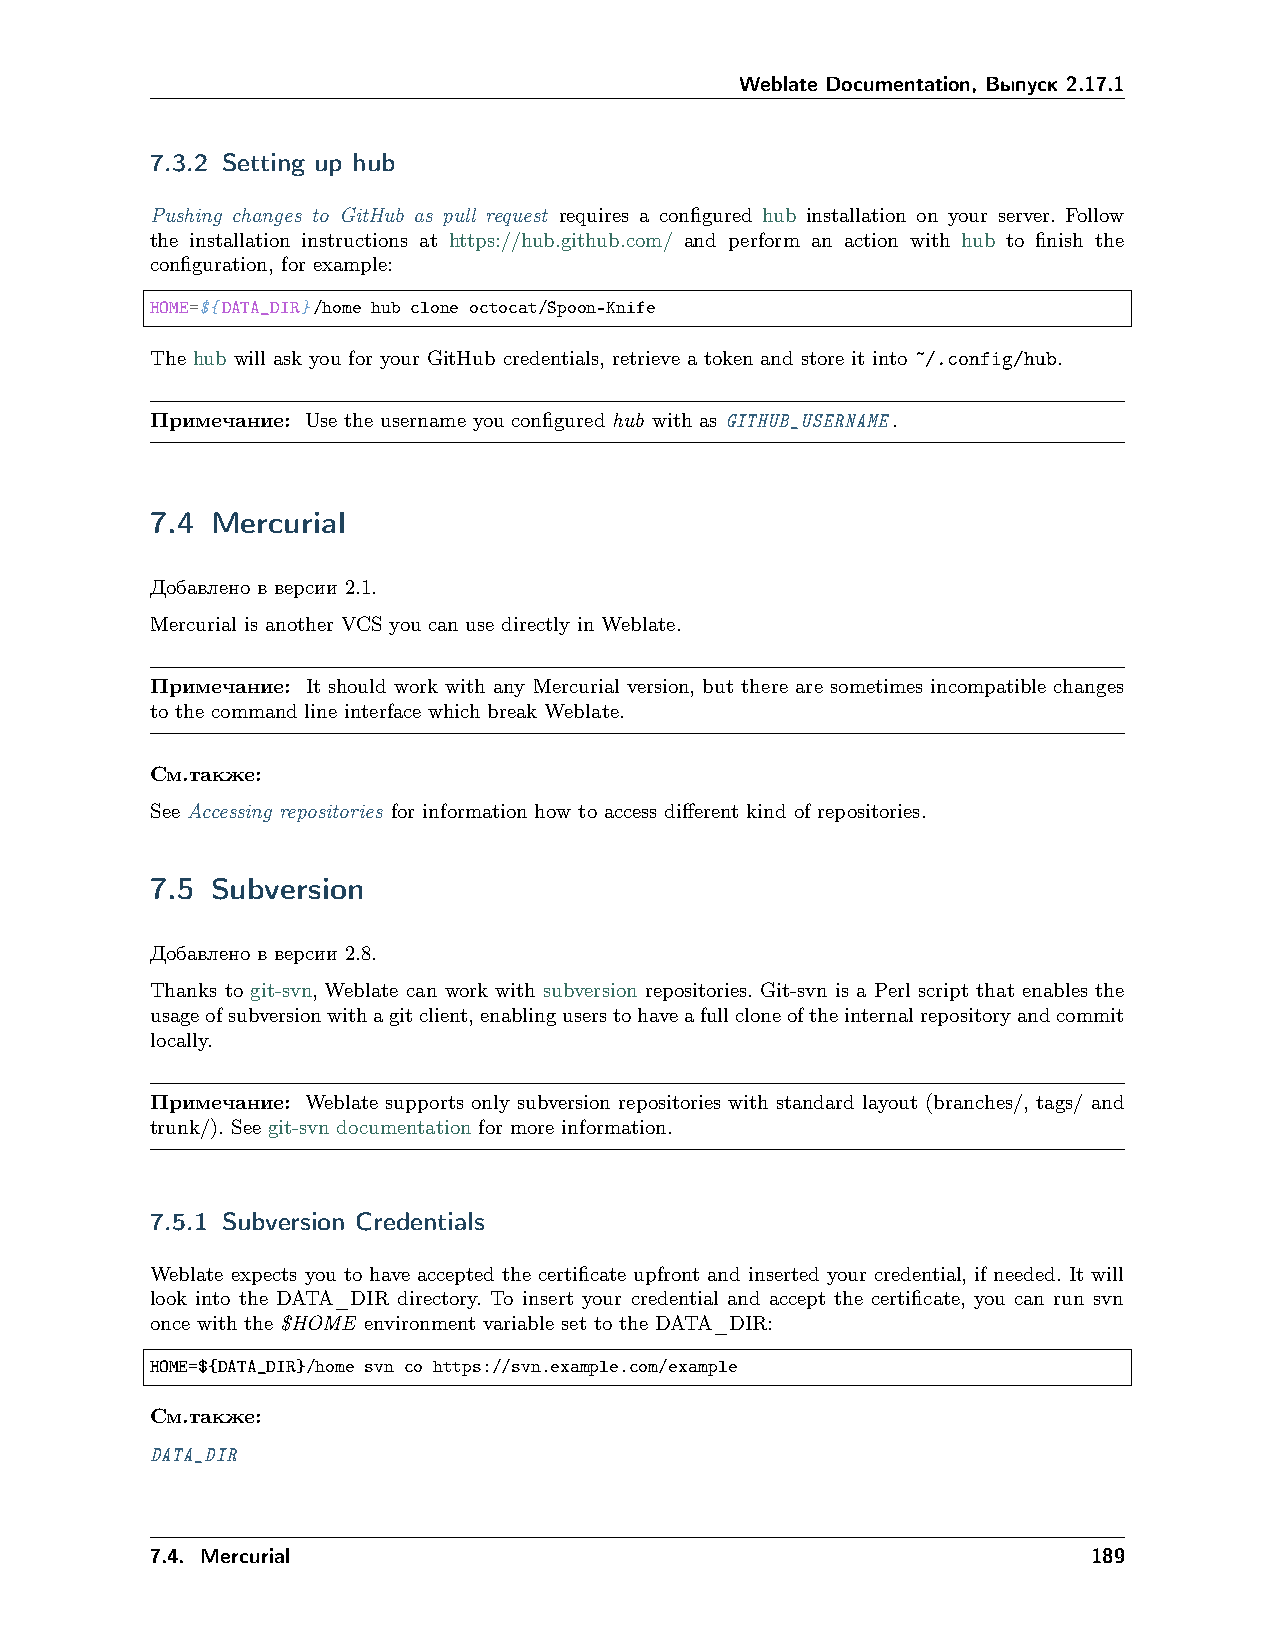
Weblate Documentation, Выпуск 2.17.1
 7.3.2 Setting up hub
 Pushing changes to GitHub as pull request requires a configured hub installation on your server. Follow
 the installation instructions at https://hub.github.com/ and perform an action with hub to finish the
 configuration, for example:
 HOME=${DATA_DIR}/home hub clone octocat/Spoon-Knife
 The hub will ask you for your GitHub credentials, retrieve a token and store it into ~/.config/hub.
 Примечание: Use the username you configured hub with as GITHUB_USERNAME.
 7.4 Mercurial
 Добавлено в версии 2.1.
 Mercurial is another VCS you can use directly in Weblate.
 Примечание: It should work with any Mercurial version, but there are sometimes incompatible changes
 to the command line interface which break Weblate.
 См.также:
 See Accessing repositories for information how to access different kind of repositories.
 7.5 Subversion
 Добавлено в версии 2.8.
 Thanks to git-svn, Weblate can work with subversion repositories. Git-svn is a Perl script that enables the
 usageofsubversionwithagitclient,enablinguserstohaveafullcloneoftheinternalrepositoryandcommit
 locally.
 Примечание: Weblate supports only subversion repositories with standard layout (branches/, tags/ and
 trunk/). See git-svn documentation for more information.
 7.5.1 Subversion Credentials
 Weblate expects you to have accepted the certificate upfront and inserted your credential, if needed. It will
 look into the DATA_DIR directory. To insert your credential and accept the certificate, you can run svn
 once with the $HOME environment variable set to the DATA_DIR:
 HOME=${DATA_DIR}/home svn co https://svn.example.com/example
 См.также:
 DATA_DIR
 7.4. Mercurial                                                189